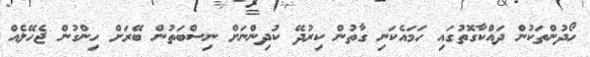
ހޯދުންތަކުން ދައްކާގޮތުގައި ހަމައެކަނި ގާތުން ކިރުދޭ ކުދިންނަށް ނިސްބަތުން ބޭރަށް ހިންގުން ޖެހޭލެއް